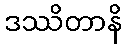
ဒဿိတာနိ